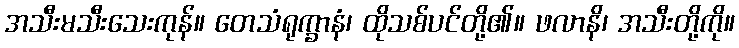
အသီးမသီးသေးကုန်။ တေသံရုက္ခာနံ၊ ထိုသစ်ပင်တို့၏။ ဖလာနိ၊ အသီးတို့ကို။